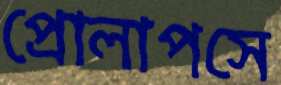
প্রোলাপসে